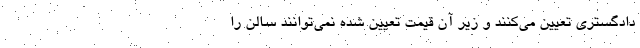
دادگستری تعیین می‌کنند و زیر آن قیمت تعیین شده نمی‌توانند سالن را